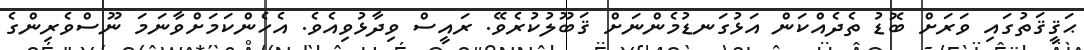
ޙަޤީޤަތުގައި ވަރަށް ބޮޑު ތެދެއްކަން އަޅުގަނޑުމެންނަށް ޤަބޫލުކުރެވޭ. ރައީސް ވިދާޅުވިއެވެ. އެހެންކަމަށްވާނަމަ ނޫސްވެރިންގެ